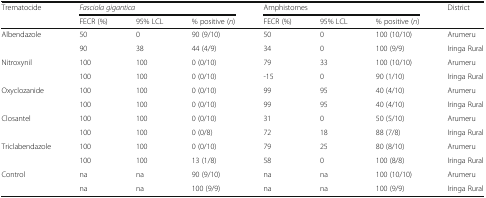
<table><thead><tr><td rowspan="2"><b>Trematocide</b></td><td colspan="3"><b><i>Fasciola gigantica</i></b></td><td colspan="3"><b>Amphistomes</b></td><td><b>District</b></td></tr><tr><td><b>FECR (%)</b></td><td><b>95% LCL</b></td><td><b>% positive (<i>n</i>)</b></td><td><b>FECR (%)</b></td><td><b>95% LCL</b></td><td><b>% positive (<i>n</i>)</b></td><td></td></tr></thead><tbody><tr><td rowspan="2">Albendazole</td><td>50</td><td>0</td><td>90 (9/10)</td><td>50</td><td>0</td><td>100 (10/10)</td><td>Arumeru</td></tr><tr><td>90</td><td>38</td><td>44 (4/9)</td><td>34</td><td>0</td><td>100 (9/9)</td><td>Iringa Rural</td></tr><tr><td rowspan="2">Nitroxynil</td><td>100</td><td>100</td><td>0 (0/10)</td><td>79</td><td>33</td><td>100 (10/10)</td><td>Arumeru</td></tr><tr><td>100</td><td>100</td><td>0 (0/10)</td><td>-15</td><td>0</td><td>90 (1/10)</td><td>Iringa Rural</td></tr><tr><td rowspan="2">Oxyclozanide</td><td>100</td><td>100</td><td>0 (0/10)</td><td>99</td><td>95</td><td>40 (4/10)</td><td>Arumeru</td></tr><tr><td>100</td><td>100</td><td>0 (0/10)</td><td>99</td><td>95</td><td>40 (4/10)</td><td>Iringa Rural</td></tr><tr><td rowspan="2">Closantel</td><td>100</td><td>100</td><td>0 (0/10)</td><td>31</td><td>0</td><td>50 (5/10)</td><td>Arumeru</td></tr><tr><td>100</td><td>100</td><td>0 (0/8)</td><td>72</td><td>18</td><td>88 (7/8)</td><td>Iringa Rural</td></tr><tr><td rowspan="2">Triclabendazole</td><td>100</td><td>100</td><td>0 (0/10)</td><td>79</td><td>25</td><td>80 (8/10)</td><td>Arumeru</td></tr><tr><td>100</td><td>100</td><td>13 (1/8)</td><td>58</td><td>0</td><td>100 (8/8)</td><td>Iringa Rural</td></tr><tr><td rowspan="2">Control</td><td>na</td><td>na</td><td>90 (9/10)</td><td>na</td><td>na</td><td>100 (10/10)</td><td>Arumeru</td></tr><tr><td>na</td><td>na</td><td>100 (9/9)</td><td>na</td><td>na</td><td>100 (9/9)</td><td>Iringa Rural</td></tr></tbody></table>